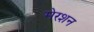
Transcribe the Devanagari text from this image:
मेरशन